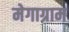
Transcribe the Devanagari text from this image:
मेगाग्राम